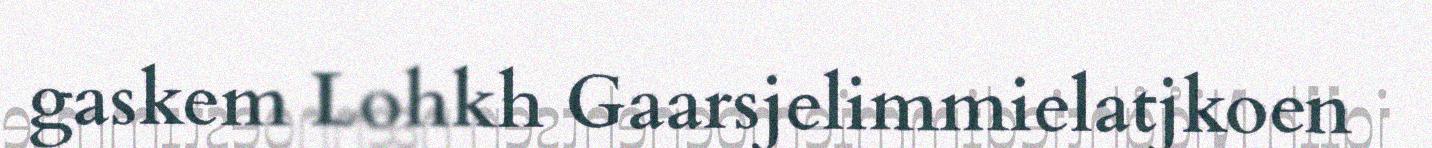
gaskem Lohkh Gaarsjelimmielatjkoen